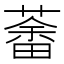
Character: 𦼞